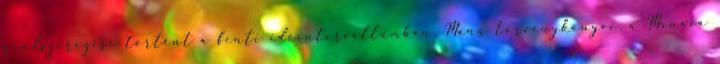
rendszerezése történt a fenti időintervallumban. Manu törvénykönyve, a Manava